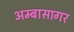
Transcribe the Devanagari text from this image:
अम्बासागर